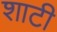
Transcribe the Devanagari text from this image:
शाटी